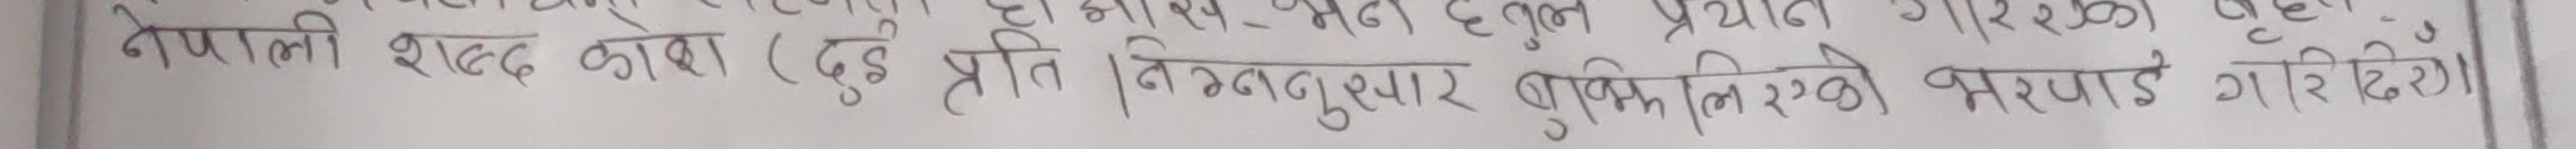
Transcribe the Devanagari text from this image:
नेपाली शब्दकोश (दुई प्रति । निम्नानुसार बुझिनेको भरपाई गरिनेछ ।)